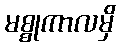
မစ္စုကာလမှိ